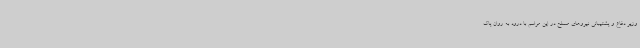
وزیر دفاع و پشتیبانی نیروهای مسلح در این مراسم با درود به روان پاک